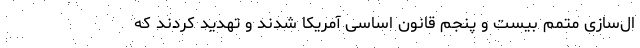
ال‌سازی متمم بیست و پنجم قانون اساسی آمریکا شدند و تهدید کردند که